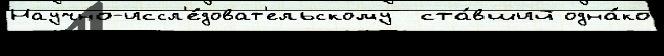
Научно-иссл'е́доват'ельскому  ста́вший одна́ко